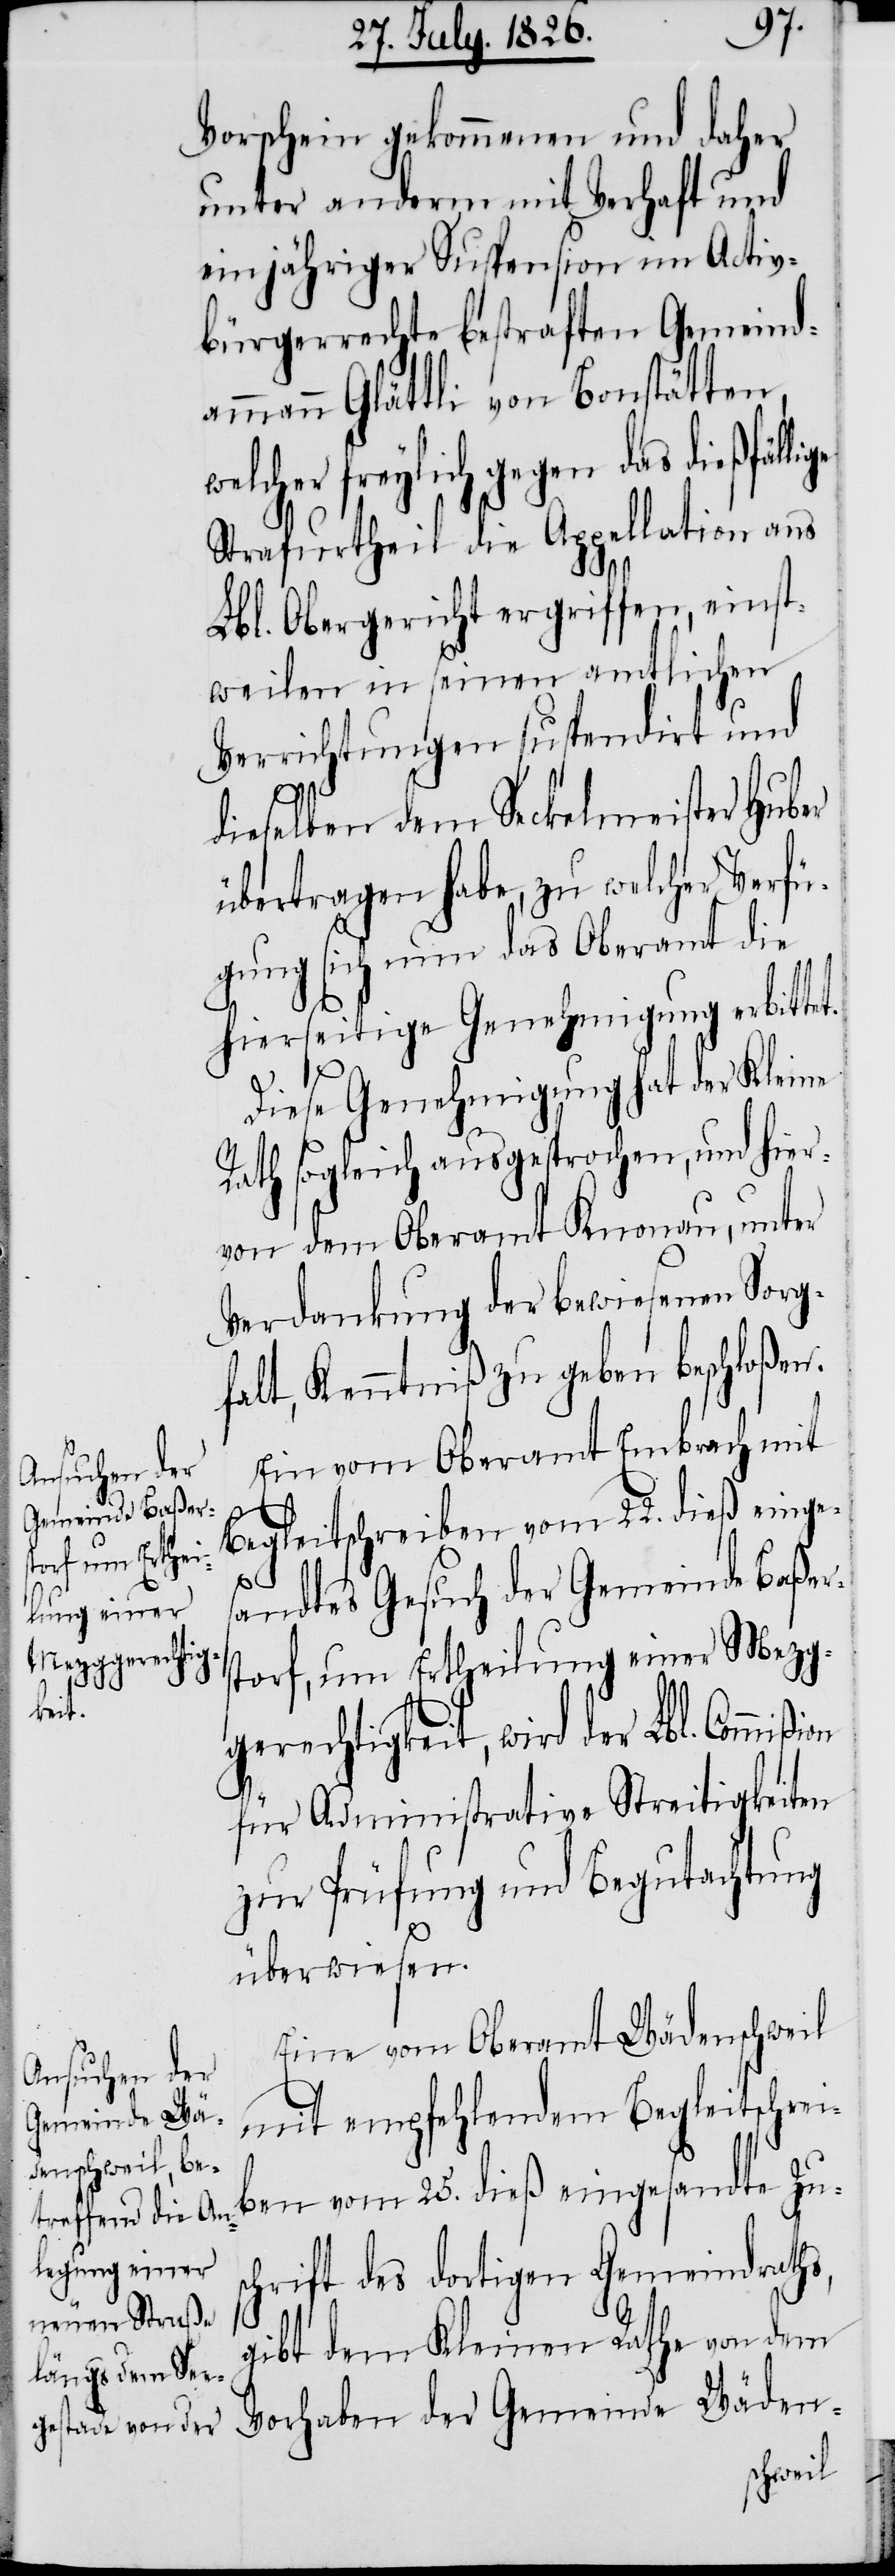
Vorschein gekommenen und daher
unter anderm mit Verhaft und
einjähriger Suspension im Activ¬
bürgerrechte bestraften Gemeind¬
ammann Glättli von Bonstätten,
lcher freylich gegen das dießfäl¬
Strafurtheil die Appellation ans
lige
Lbl. Obergericht ergriffen, einst¬
weilen in seinen amtlichen
Verrichtungen suspendirt und
dieselben dem Seckelmeister Huber
übertragen habe, zu welcher Verfü¬
gung sich nun das Oberamt die
hierseitige Genehmigung erbittet.
Diese Genehmigung hat der Kleine
Rath sogleich ausgesprochen, und hier¬
von dem Oberamt Knonau, unter
Verdankung der bewiesenen Sorg¬
falt, Kenntniß zu geben beschloßen.
Ein vom Oberamt Embrach mit
ion
Begleitschreiben vom 22. dieß einge¬
sandtes Gesuch der Gemeinde Baßer¬
storf, um Ertheilung einer Mezg¬
gerechtigkeit, wird der Lbl. Commiß¬
für Administrative Streitigkeiten
zur Prüfung und Begutachtung
überwiesen.
Eine vom Oberamt Wädenschweil
mit empfehlendem Begleitschrei¬
ben vom 25. dieß eingesandte Zu¬
schrift des dortigen Gemeindraths,
gibt dem Kleinen Rathe von dem
Vorhaben der Gemeinde Wäden-